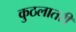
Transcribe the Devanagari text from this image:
कुठलातरी